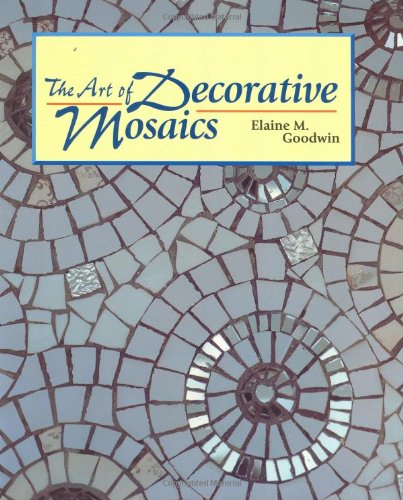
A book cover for The Art of Decorative Mosaics; Elaine M. Goodwin; Crafts, Hobbies & Home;